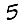
Digit: 5